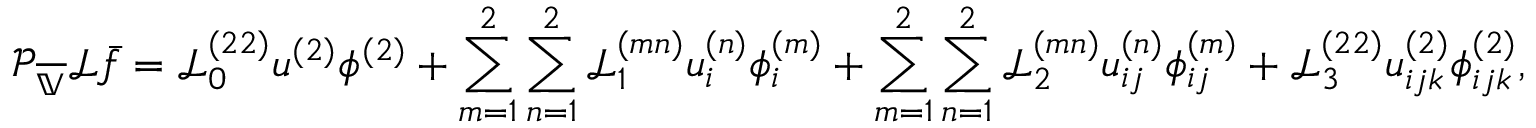
\mathcal { P } _ { \overline { { \mathbb { V } } } } \mathcal { L } \bar { f } = \mathscr { L } _ { 0 } ^ { ( 2 2 ) } u ^ { ( 2 ) } \phi ^ { ( 2 ) } + \sum _ { m = 1 } ^ { 2 } \sum _ { n = 1 } ^ { 2 } \mathscr { L } _ { 1 } ^ { ( m n ) } u _ { i } ^ { ( n ) } \phi _ { i } ^ { ( m ) } + \sum _ { m = 1 } ^ { 2 } \sum _ { n = 1 } ^ { 2 } \mathscr { L } _ { 2 } ^ { ( m n ) } u _ { i j } ^ { ( n ) } \phi _ { i j } ^ { ( m ) } + \mathscr { L } _ { 3 } ^ { ( 2 2 ) } u _ { i j k } ^ { ( 2 ) } \phi _ { i j k } ^ { ( 2 ) } ,